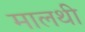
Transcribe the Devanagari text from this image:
मालथी